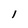
Character: l